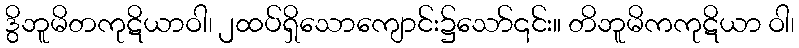
ဒွိဘူမိတကုဋိယာဝါ၊ ၂ထပ်ရှိသောကျောင်း၌သော်၎င်း။ တိဘူမိကကုဋိယာ ဝါ၊